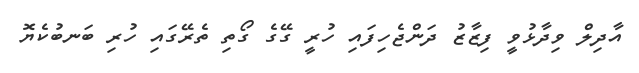
އާދިލް ވިދާޅުވީ ފިޒާޒު ދަންޖެހިފައި ހުރީ ގޭގެ ގޯތި ތެރޭގައި ހުރި ބަނބުކެޔޮ